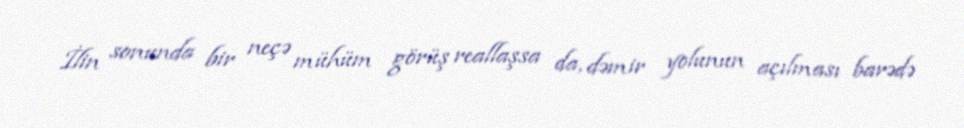
İlin sonunda bir neçə mühüm görüş reallaşsa da, dəmir yolunun açılması barədə